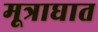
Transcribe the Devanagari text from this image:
मूत्राघात